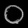
Digit: ၀